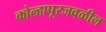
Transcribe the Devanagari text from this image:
कोल्हापूरजवळील